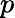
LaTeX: p